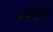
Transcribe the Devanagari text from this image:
चोदनैव